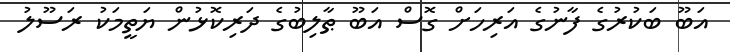
އަބޫ ބަކުރުގެ ފާނުގެ އަރިހަށް ގޮސް އަބޫ ޠާލިބުގެ ދަރިކޮޅުން ޔަތީމަކު ރަސޫލު